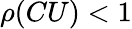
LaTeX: \rho(CU)<1